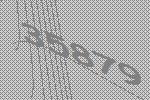
35879